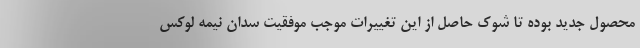
محصول جدید بوده تا شوک حاصل از این تغییرات موجب موفقیت سدان نیمه لوکس